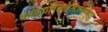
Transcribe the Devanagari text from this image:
काव्यलंकारसारसंग्रह